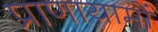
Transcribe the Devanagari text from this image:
प्राणायामों